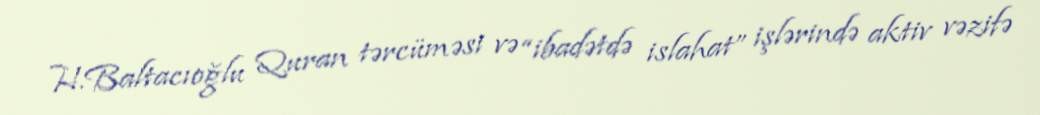
H.Baltacıoğlu Quran tərcüməsi və “ibadətdə islahat” işlərində aktiv vəzifə